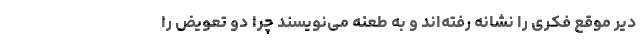
دیر موقع فکری را نشانه رفته‌اند و به طعنه می‌نویسند چرا دو تعویض را